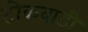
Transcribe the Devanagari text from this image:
टोकवाडी